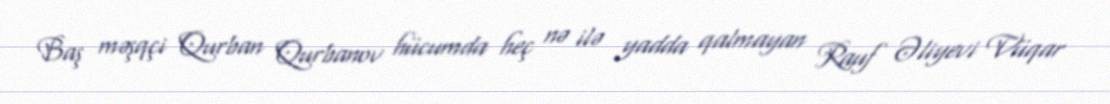
Baş məşqçi Qurban Qurbanov hücumda heç nə ilə yadda qalmayan Rauf Əliyevi Vüqar